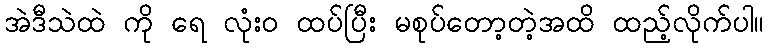
အဲဒီသဲထဲ ကို ရေ လုံး၀ ထပ်ပြီး မစုပ်တော့တဲ့အထိ ထည့်လိုက်ပါ။